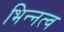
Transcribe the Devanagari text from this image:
भिन्‍नत्व